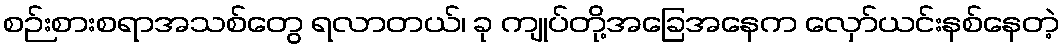
စဉ်းစားစရာအသစ်တွေ ရလာတယ်၊ ခု ကျုပ်တို့အခြေအနေက လှော်ယင်းနစ်နေတဲ့